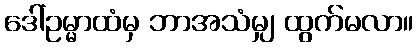
ဒေါ်ဥမ္မာထံမှ ဘာအသံမျှ ထွက်မလာ။